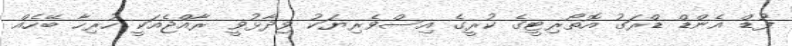
ފުޑް އެންޑް ޑްރަގު އޮތޯރިޓީގެ ކުރީގެ އިސްވެރިޔަކު ވިދާޅުވީ ރާއްޖެއަކީ ހުރިހާ ބޭހެއް